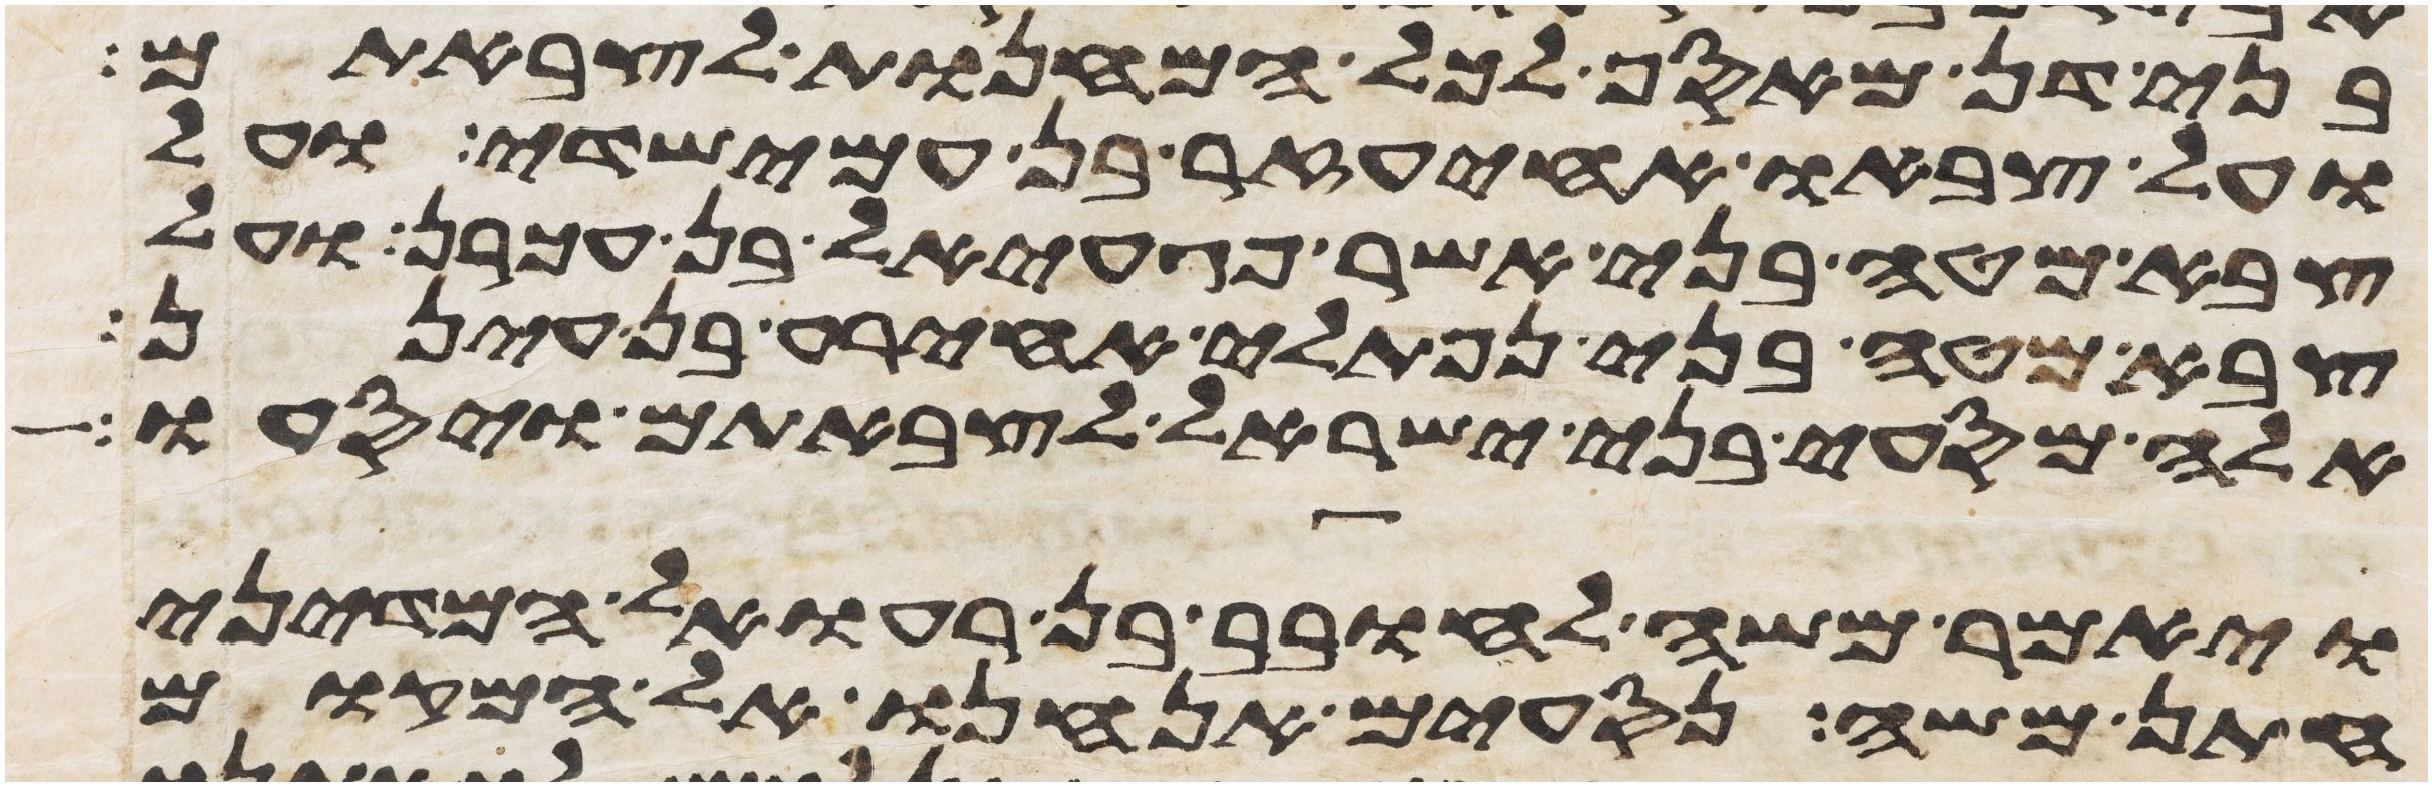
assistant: בני דן מאסף לכל המחנות לצבאתם
ועל צבאו אחיעזר בן עמישדי ועל
צבא מטה בני אשר פגעאל בן עכרן ועל
צבא מטה בני נפתלי אחירע בן עינן
אלה מסעי בני ישראל לצבאתם ויסעו
ויאמר משה לחובב בן רעואל המדיני
חתן משה נסעים אנחנו אל המקום